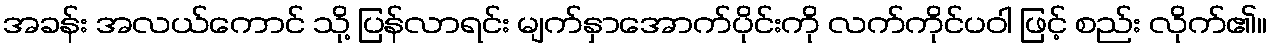
အခန်း အလယ်ကောင် သို့ ပြန်လာရင်း မျက်နှာအောက်ပိုင်းကို လက်ကိုင်ပဝါ ဖြင့် စည်း လိုက်၏။